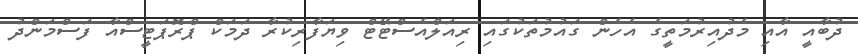
ދުބާއީ އާއި މެދުއިރުމަތީގެ އެހެން ގައުމުތަކުގައި ރިއަލްއެސްޓޭޓް ވިޔަފާރިކުރާ ދަމަކް ޕްރޮޕަޓީސްއާ ފަސްމަންދު